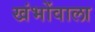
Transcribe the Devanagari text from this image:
खंभोंवाला